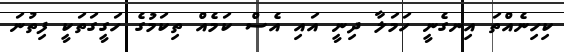
ކިހިނެއްތަ އިނގެނީ ހަމަލާ ދިނީ އައި އެސް ކަމެއް ތިކަމުގެ ހަގީގަތަކީ ފިތުނަ